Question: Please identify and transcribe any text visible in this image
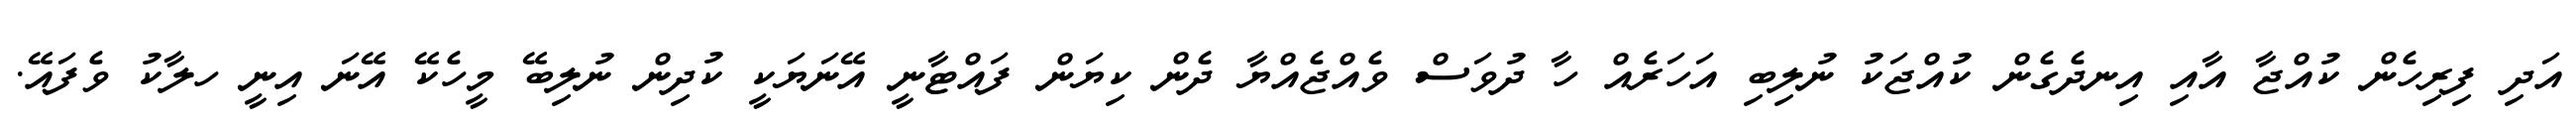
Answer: އަދި ފިރިހެން ކުއްޖާ އާއި އިނދެގެން ކުއްޖަކު ނުލިބި އަހަރެއް ހާ ދުވަސް ވެއްޖެއްޔާ ދެން ކިޔަން ފައްޓާނީ އޭނަޔަކީ ކުދިން ނުލިބޭ މީހެކޭ އޭނަ އިނީ ހލާކު ވެފައޭ.